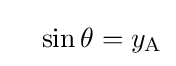
\quad \sin \theta =y_{\mathrm {A} }